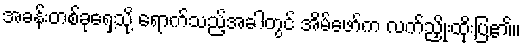
အခန်းတစ်ခုရှေ့သို့ ရောက်သည့်အခါတွင် အိမ်ဖော်က လက်ညှိုးထိုးပြ၏။